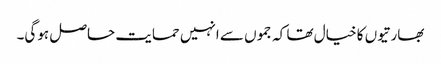
بھارتیوں کا خیال تھا کہ جموں سے انہیں حمایت حاصل ہوگی۔